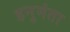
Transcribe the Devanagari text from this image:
हनुमंता